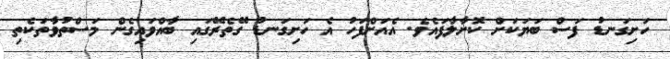
ހަށިގަނޑު ފަސް ބަޔަކަށް ކޮށާލާފައެވެ. އެއަށްފަހު އެ ހަށިގަނޑު ގޭތެރޭގައި ބާއްވައިގެން މަސްތުވާތަކެތި